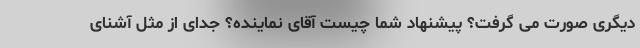
دیگری صورت می گرفت؟ پیشنهاد شما چیست آقای نماینده؟ جدای از مثل آشنای